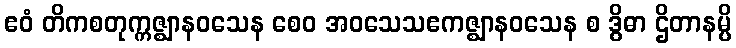
ဧဝံ တိကစတုက္ကဇ္ဈာနဝသေန စေဝ အဝသေသဧကဇ္ဈာနဝသေန စ ဒွိဓာ ဌိတာနမ္ပိ